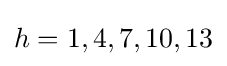
h=1,4,7,10,13